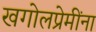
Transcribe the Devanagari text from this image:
खगोलप्रेमींना